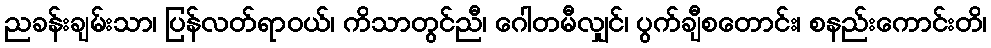
ညခန်းချမ်းသာ၊ ပြန်လတ်ရာဝယ်၊ ကိသာတွင်ညီ၊ ဂေါတမီလျှင်၊ ပွက်ချီစတောင်း၊ စနည်းကောင်းတိ၊